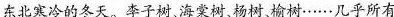
东北寒冷的冬天。李子树、海棠树、杨树、榆树……几乎所有